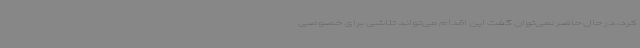
کرد، در حال حاضر نمی‌توان گفت این اقدام می‌تواند تلاشی برای خصوصی